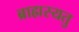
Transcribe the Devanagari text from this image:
ब्राह्मस्यतु